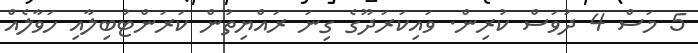
5 މަސް 4 ދުވަސް ކުރިން. ވައިކަރަދޫގެ ގިނަ ރައްޔިތުން ކަރަންޓުބިލާއި ހަވާލެއް